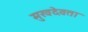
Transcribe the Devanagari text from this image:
मुखदेवता